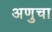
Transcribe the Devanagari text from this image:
अणुचा